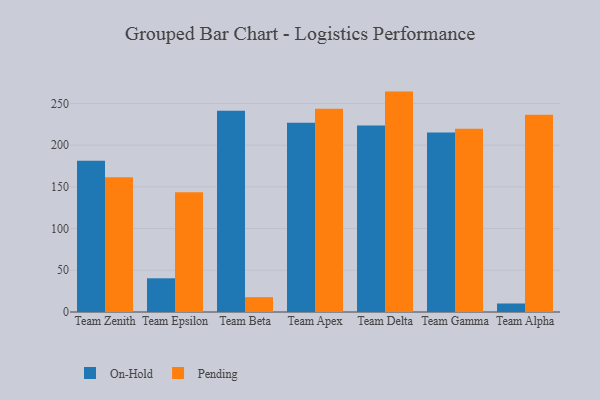
{"axis": {"x": "Team", "y": "Inventory Turnover"}, "legend": ["On-Hold", "Pending"], "data": [{"x": "Team Zenith", "y": 181.2, "type": "On-Hold"}, {"x": "Team Zenith", "y": 161.5, "type": "Pending"}, {"x": "Team Epsilon", "y": 40.4, "type": "On-Hold"}, {"x": "Team Epsilon", "y": 143.4, "type": "Pending"}, {"x": "Team Beta", "y": 241.1, "type": "On-Hold"}, {"x": "Team Beta", "y": 17.8, "type": "Pending"}, {"x": "Team Apex", "y": 226.9, "type": "On-Hold"}, {"x": "Team Apex", "y": 243.6, "type": "Pending"}, {"x": "Team Delta", "y": 223.6, "type": "On-Hold"}, {"x": "Team Delta", "y": 264.2, "type": "Pending"}, {"x": "Team Gamma", "y": 215.1, "type": "On-Hold"}, {"x": "Team Gamma", "y": 219.8, "type": "Pending"}, {"x": "Team Alpha", "y": 10.2, "type": "On-Hold"}, {"x": "Team Alpha", "y": 236.4, "type": "Pending"}]}